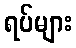
ရပ်များ